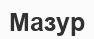
Мазур